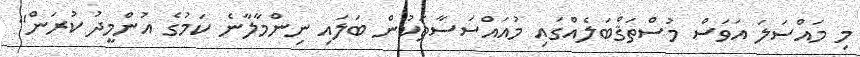
މި މައްސަލަ އަވަސް މުސްތަޤްބަލެއްގައި މުއައްސަސާތަކުން ބަލައި ނިންމާލާނެ ކަމުގެ އުންމީދު ކުރަން"